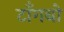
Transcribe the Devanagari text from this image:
टाँगबो